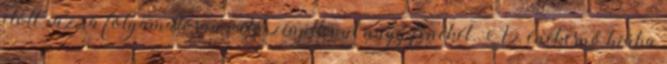
előtt rázza folyamatosan valószínűtlenül nagy fenekét. Az énekesnő hiába